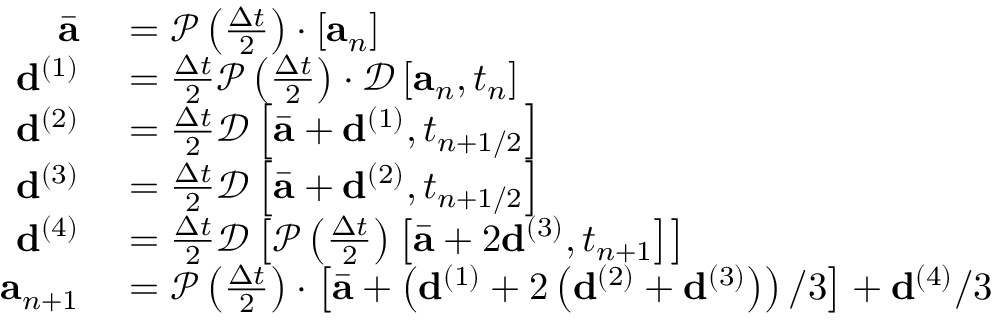
\begin{array} { r } { \begin{array} { r l } { \bar { \mathbf { a } } } & { { } = \mathcal { P } \left( \frac { \Delta t } { 2 } \right) \cdot \left[ \mathbf { a } _ { n } \right] } \\ { \mathbf { d } ^ { ( 1 ) } } & { { } = \frac { \Delta t } { 2 } \mathcal { P } \left( \frac { \Delta t } { 2 } \right) \cdot \mathcal { D } \left[ \mathbf { a } _ { n } , t _ { n } \right] } \\ { \mathbf { d } ^ { ( 2 ) } } & { { } = \frac { \Delta t } { 2 } \mathcal { D } \left[ \bar { \mathbf { a } } + \mathbf { d } ^ { ( 1 ) } , t _ { n + 1 / 2 } \right] } \\ { \mathbf { d } ^ { ( 3 ) } } & { { } = \frac { \Delta t } { 2 } \mathcal { D } \left[ \bar { \mathbf { a } } + \mathbf { d } ^ { ( 2 ) } , t _ { n + 1 / 2 } \right] } \\ { \mathbf { d } ^ { ( 4 ) } } & { { } = \frac { \Delta t } { 2 } \mathcal { D } \left[ \mathcal { P } \left( \frac { \Delta t } { 2 } \right) \left[ \bar { \mathbf { a } } + 2 \mathbf { d } ^ { ( 3 ) } , t _ { n + 1 } \right] \right] } \\ { \mathbf { a } _ { n + 1 } } & { { } = \mathcal { P } \left( \frac { \Delta t } { 2 } \right) \cdot \left[ \bar { \mathbf { a } } + \left( \mathbf { d } ^ { ( 1 ) } + 2 \left( \mathbf { d } ^ { ( 2 ) } + \mathbf { d } ^ { ( 3 ) } \right) \right) / 3 \right] + \mathbf { d } ^ { ( 4 ) } / 3 } \end{array} } \end{array}